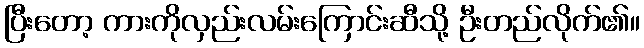
ပြီးတော့ ကားကိုလှည်းလမ်းကြောင်းဆီသို့ ဦးတည်လိုက်၏။